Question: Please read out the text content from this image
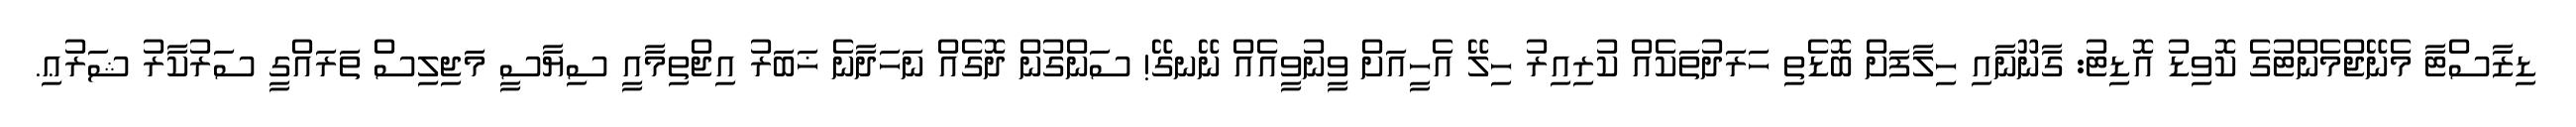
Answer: ޑިޒާސްޓާ މެނޭޖްމެންޓުގެ ކޮވިޑު އޮޑިޓު: ގާނޫނާއި ހިލާފަށް ބޮޑެތި ހަރަދުތަކެއް ކުރިއިރު ހިލޭ އެހީއަށް ވީނުވީއެއް ނޭނގޭ! ސަންގުން ދޮގެއް ނަހަދާނެ ޚަބަރު އިޖްތިމާއީ ސިޔާސީ މަޖިލިސް ތަރައްގީ ސަރުކާރު ޝަރުޢި.